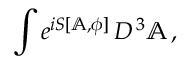
\int e ^ { i S [ \mathbb { A } , \phi ] } \, { \cal D } ^ { \, 3 } \mathbb { A } \, ,